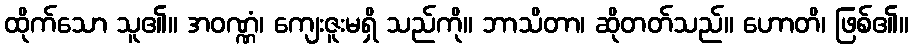
ထိုက်သော သူ၏။ အဝဏ္ဏံ၊ ကျေးဇူးမရှိ သည်ကို။ ဘာသိတာ၊ ဆိုတတ်သည်။ ဟောတိ၊ ဖြစ်၏။